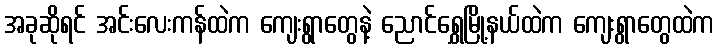
အခုဆိုရင် အင်းလေးကန်ထဲက ကျေးရွာတွေနဲ့ ညောင်ရွှေမြို့နယ်ထဲက ကျေးရွာတွေထဲက